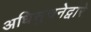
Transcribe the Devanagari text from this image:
अधिसुचनेद्वारे